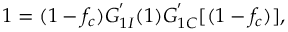
\begin{array} { r } { 1 = ( 1 - f _ { c } ) G _ { 1 I } ^ { ' } ( 1 ) G _ { 1 C } ^ { ' } [ ( 1 - f _ { c } ) ] , } \end{array}